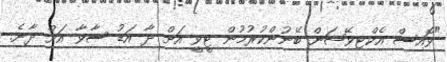
"ވޮއިސް އެކްޓިވޭޝަން ބޭނުންކުރުމުން ޓީވީ އަށް ދާ އަޑު ސާވާ އަށް ދާނެ.